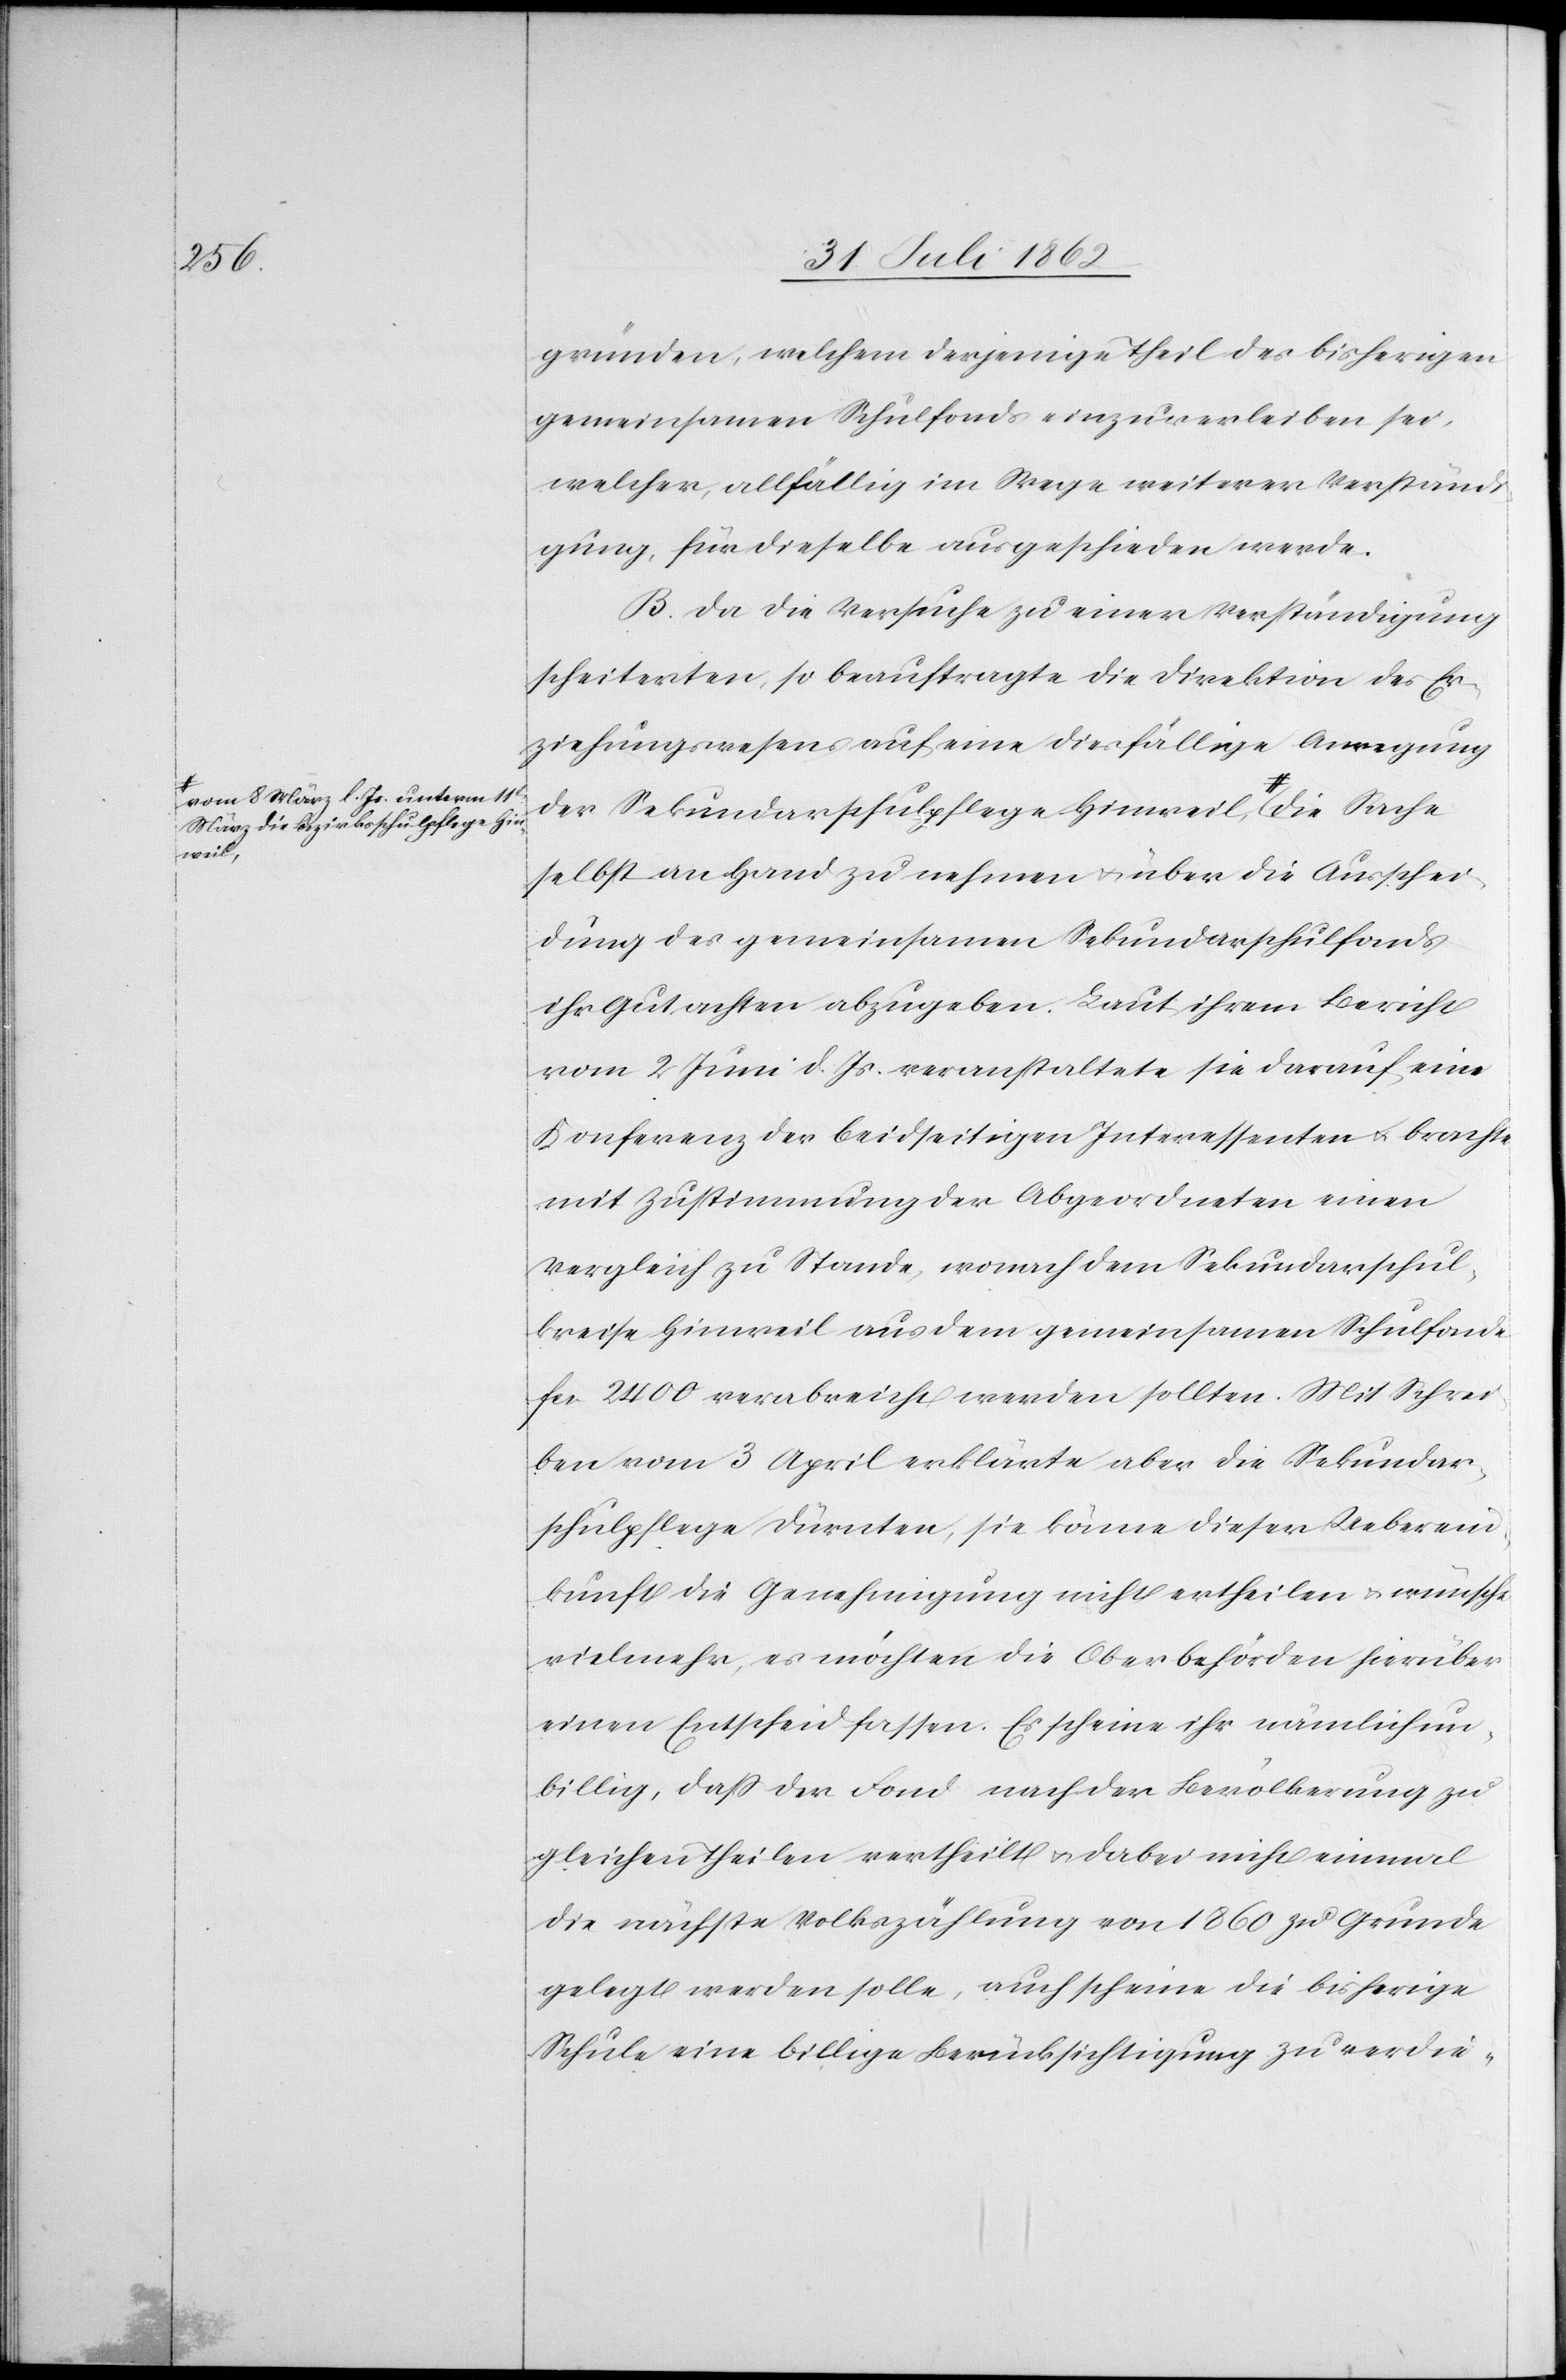
März die Bezirksschulpflege Hin¬
weil,-a

gründen, welchem derjenigen Theil des bisherigen
gemeinsamen Schulfonds einzuverleiben sei,
welcher, allfällig im Wege weiterer Verständ¬
igung, für dieselbe ausgeschieden werde.
B. Da die Versuche zu einer Verständigung
scheiterten, so beauftragte die Direktion des Er¬
ziehungswesens auf eine diesfällige Anregung
der Sekundarschulpflege Hinweil,a- vom
selbst an Hand zu nehmen u. über die Ausschei¬
dung des gemeinsamen Sekundarschulfonds
ihr Gutachten abzugeben. Laut ihrem Bericht
vom 2. Juni d. Js. veranstaltete sie darauf eine
Konferenz der beidseitigen Interessenten u. brachte
mit Zustimmung der Abgeordneten einen
Vergleich zu Stande, wonach dem Sekundarschul¬
kreise Hinweil aus dem gemeinsamen Schulfonde
fcs. 2400 verabreicht werden sollten. Mit Schrei¬
ben vom 3. April erklärte aber die Sekundar¬
schulpflege Dürnten, sie könne dieser Ueberein¬
kunft die Genehmigung nicht ertheilen u. wünsche
vielmehr, es möchten die Oberbehörden hierüber
einen Entscheid fassen. Es scheine ihr nämlich un¬
billig, daß der Fond nach der Bevölkerung zu
gleichen Theilen vertheilt u. dabei nicht einmal
die nächste Volkszählung von 1860 zu Grunde
gelegt werden solle, auch scheine die bisherige
Schule eine billige Berücksichtigung zu verdie-